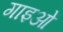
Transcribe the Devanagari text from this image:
गाइओं